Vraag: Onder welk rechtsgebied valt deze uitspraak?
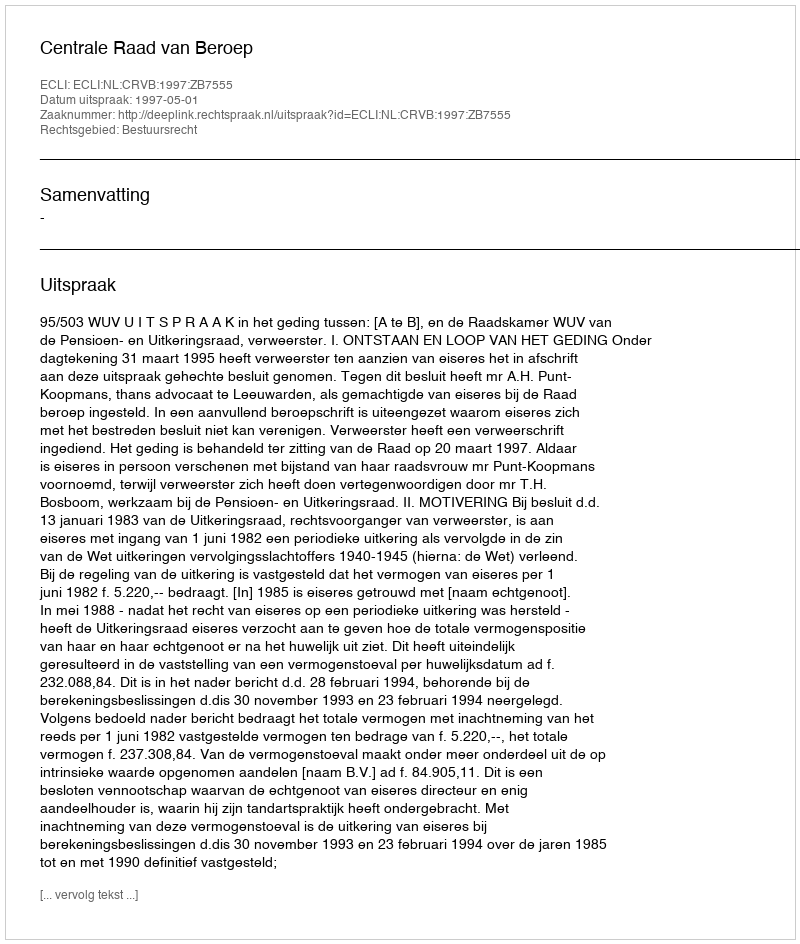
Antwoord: Bestuursrecht